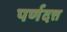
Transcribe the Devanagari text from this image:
पर्णदत्त